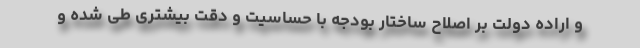
و اراده دولت بر اصلاح ساختار بودجه با حساسیت و دقت بیشتری طی شده و